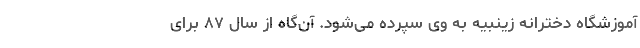
آموزشگاه دخترانه زینبیه به وی سپرده می‌شود. آن‌گاه از سال ۸۷ برای